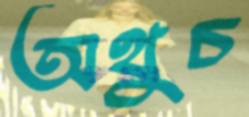
অথুচ